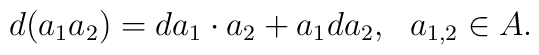
d(a_{1}a_{2})=da_{1}\cdot a_{2}+a_{1}da_{2},~~a_{1,2} \in A.